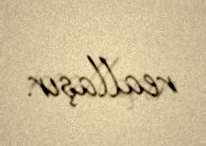
reallaşır.